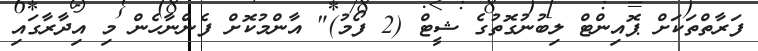
ފަރާތްތަކަށް ޕޮއިންޓް ލިބުނުގޮތުގެ ޝީޓް (2 ފޯމު)" އާންމުކޮށް ފެންނާހެން މި އިދާރާގައި